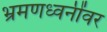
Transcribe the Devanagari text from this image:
भ्रमणध्वनींवर